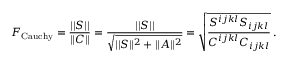
{ \cal F } _ { \mathrm { C a u c h y } } = \frac { | | S | | } { | | C | | } = \frac { | | S | | } { \sqrt { | | S | | ^ { 2 } + | | A | | ^ { 2 } } } = \sqrt { \frac { S ^ { i j k l } S _ { i j k l } } { C ^ { i j k l } C _ { i j k l } } } \, .